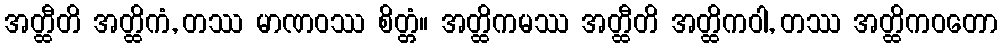
အတ္ထီတိ အတ္ထိကံ, တဿ မာဏဝဿ စိတ္တံ။ အတ္ထိကမဿ အတ္ထီတိ အတ္ထိကဝါ, တဿ အတ္ထိကဝတော